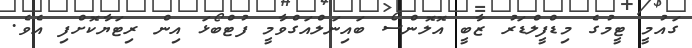
ގައުމީ ޓީމުގެ މިޑްފީލްޑަރު ޒާބީ އޮލޮންސޯ ބައިނަލްއަގްވާމީ ފުޓްބޯޅަ އިން ރިޓަޔާކޮށްފި އެވެ.